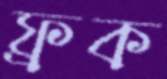
ফ্রক